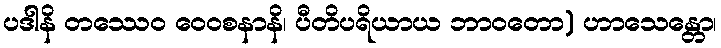
ပဒါနိ တဿေဝ ဝေဝစနာနိ၊ ပီတိပရိယာယ ဘာဝတော) ဟာသေန္တော၊